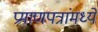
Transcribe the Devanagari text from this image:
प्रमाणपत्रांमध्ये